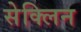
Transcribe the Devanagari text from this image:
सेक्लिन